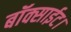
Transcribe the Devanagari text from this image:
बॉक्साईट।